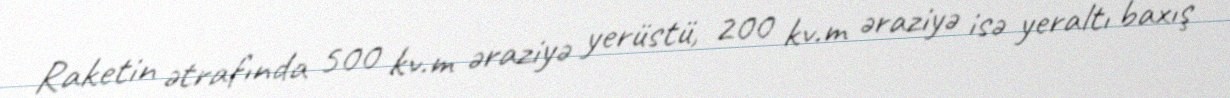
Raketin ətrafında 500 kv.m əraziyə yerüstü, 200 kv.m əraziyə isə yeraltı baxış